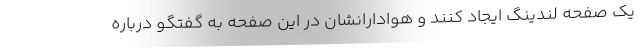
یک صفحه لندینگ ایجاد کنند و هوادارانشان در این صفحه به گفتگو درباره